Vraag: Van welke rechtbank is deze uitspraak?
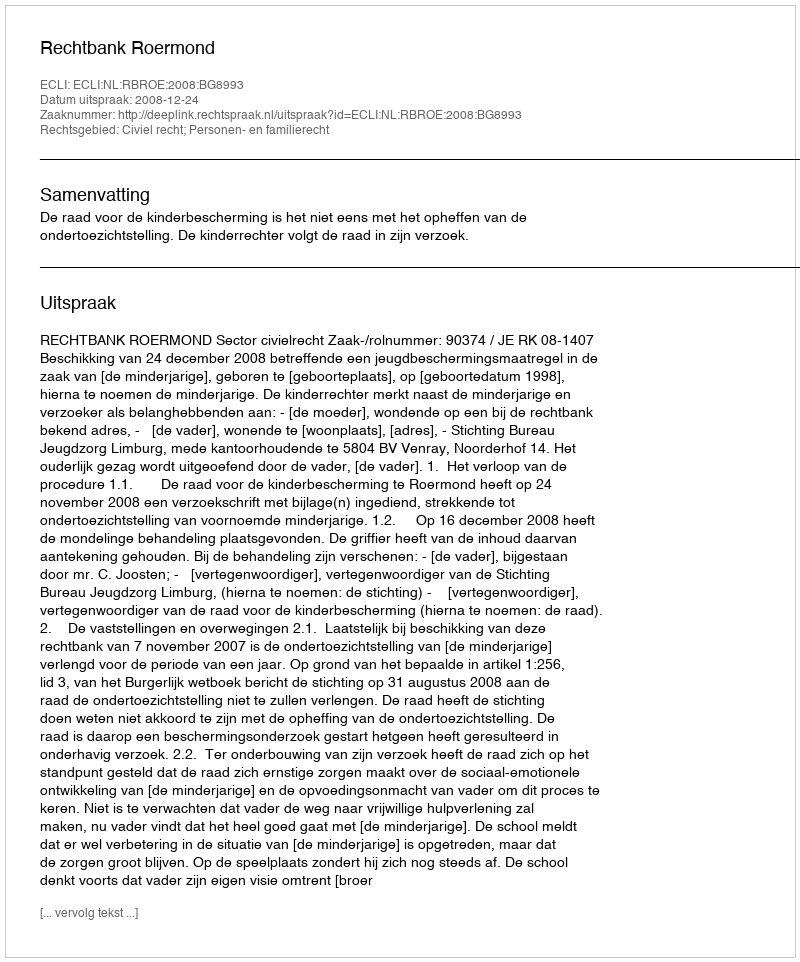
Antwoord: Rechtbank Roermond